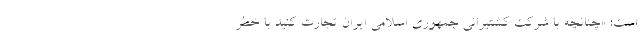
است: «چنانچه با شرکت کشتیرانی جمهوری اسلامی ایران تجارت کنید با خطر